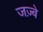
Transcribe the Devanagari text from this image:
जज़्बे